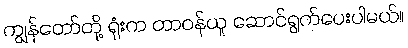
ကျွန်တော်တို့ ရုံးက တာဝန်ယူ ဆောင်ရွက်ပေးပါမယ်။